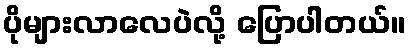
ပိုများလာလေပဲလို့ ပြောပါတယ်။